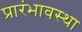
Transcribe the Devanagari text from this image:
प्रारंभावस्था